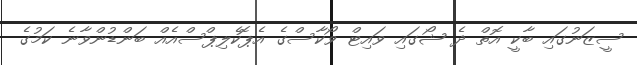
ސީޒަނުގައި ބާކީ އޮތް ދެ ޝޯގައި ވައިޓް ވޯކާސްގެ އެޕޮކެލިޕްސްއެއް ބަންޑުންވާނެ ކަމުގެ